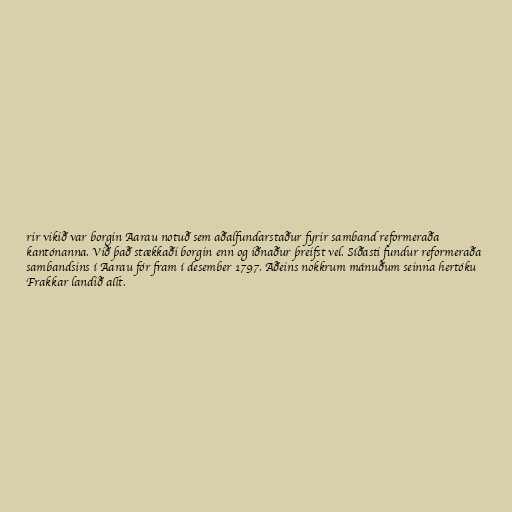
rir vikið var borgin Aarau notuð sem aðalfundarstaður fyrir samband reformeraða
kantónanna. Við það stækkaði borgin enn og iðnaður þreifst vel. Síðasti fundur reformeraða
sambandsins í Aarau fór fram í desember 1797. Aðeins nokkrum mánuðum seinna hertóku
Frakkar landið allt.